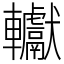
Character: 䡾